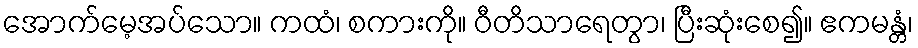
အောက်မေ့အပ်သော။ ကထံ၊ စကားကို။ ဝီတိသာရေတွာ၊ ပြီးဆုံးစေ၍။ ဧကမန္တံ၊